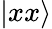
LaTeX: \vert xx\rangle